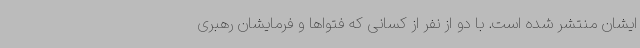
ایشان منتشر شده است. با دو از نفر از کسانی که فتواها و فرمایشان رهبری